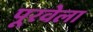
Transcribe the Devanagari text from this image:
पूरवेला